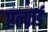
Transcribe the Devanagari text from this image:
एल्फर्ड